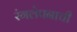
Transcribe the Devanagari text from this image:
रंगलेपनाची